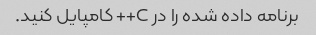
برنامه داده شده را در C++ کامپایل کنید.